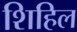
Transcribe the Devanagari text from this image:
शिहिल